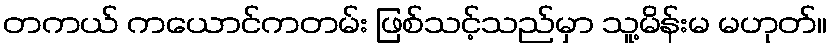
တကယ် ကယောင်ကတမ်း ဖြစ်သင့်သည်မှာ သူ့မိန်းမ မဟုတ်။